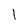
Character: l